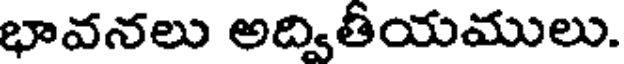
భావనలు అద్వితీయములు.